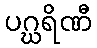
ပဂ္ဃရိဏီ